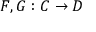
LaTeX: F , G : C \to D